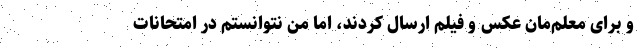
و برای معلم‌مان عکس و فیلم ارسال کردند، اما من نتوانستم در امتحانات